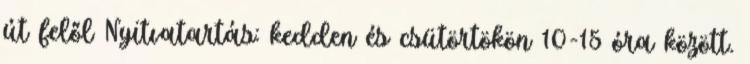
út felől Nyitvatartás: kedden és csütörtökön 10-15 óra között.